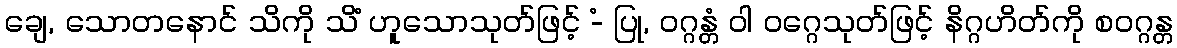
ချေ, သောတနောင် သိကို သိံ ဟူသောသုတ်ဖြင့် -ံ ပြု, ဝဂ္ဂန္တံ ဝါ ဝဂ္ဂေသုတ်ဖြင့် နိဂ္ဂဟိတ်ကို စဝဂ္ဂန္တ